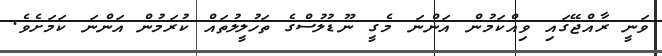
ވަނީ ރާއްޖޭގައި ވިއްކަމުން އަންނަ މެގީ ނޫޑުލުސްގެ ތަހުލީލުތައް ކުރަމުން އަންނަ ކަމަށެވެ.